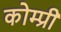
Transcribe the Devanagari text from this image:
कोम्प्री